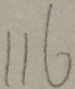
1 1 6